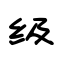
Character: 级